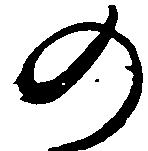
の